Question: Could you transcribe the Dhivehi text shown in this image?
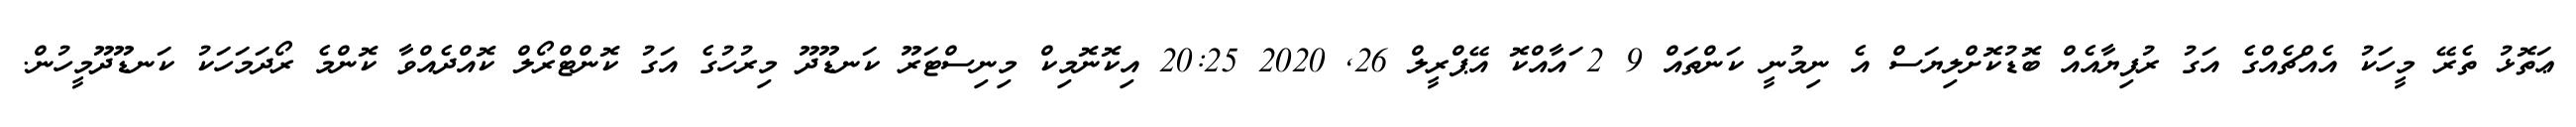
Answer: ޢަތޮޅު ތެރޭ މީހަކު އެއްޗެއްގެ އަގު ރުފިޔާއެއް ބޮޑުކޮށްލިޔަސް އެ ނިމުނީ ކަންތައް 9 2 ައާއްކޮ އޭޕްރީލް 26, 2020 20:25 އިކޮނޮމިކް މިނިސްޓަރޫ ކަނޑޫދޫ މިރުހުގެ އަގު ކޮންޓްރޯލް ކޮއްދެއްވާ ކޮންމެ ރޯދަމަހަކު ކަނޑޫދޫމީހުން.